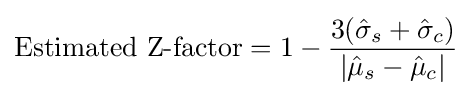
{\text{Estimated Z-factor}}=1-{3({\hat {\sigma }}_{s}+{\hat {\sigma }}_{c}) \over |{\hat {\mu }}_{s}-{\hat {\mu }}_{c}|}